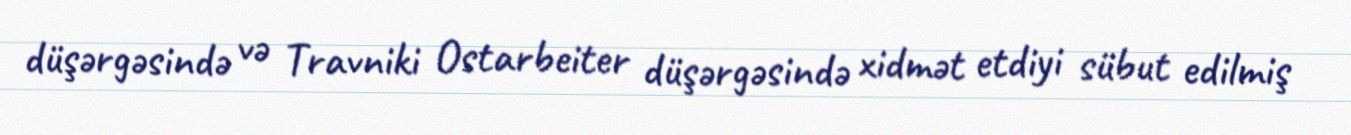
düşərgəsində və Travniki Ostarbeiter düşərgəsində xidmət etdiyi sübut edilmiş